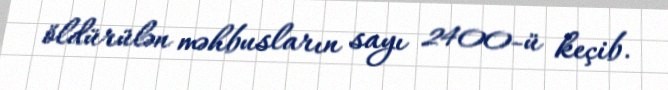
öldürülən məhbusların sayı 2400-ü keçib.